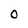
Character: 0